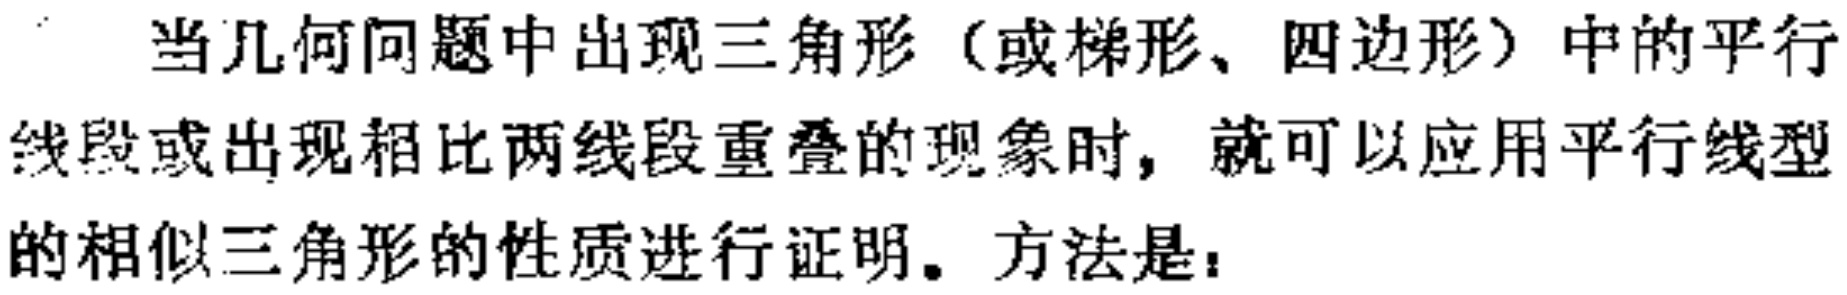
当几何问题中出现三角形（或梯形、四边形）中的平行线段或出现相比两线段重叠的现象时，就可以应用平行线型的相似三角形的性质进行证明。方法是：